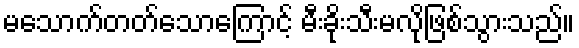
မသောက်တတ်သောကြောင့် မီးခိုးသီးမလိုဖြစ်သွားသည်။